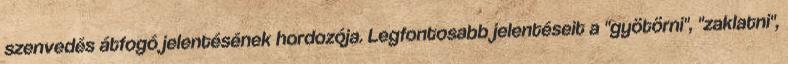
szenvedés átfogó jelentésének hordozója. Legfontosabb jelentéseit a "gyötörni", "zaklatni",